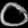
Digit: ၀